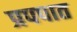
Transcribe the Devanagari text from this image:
प्रपपात